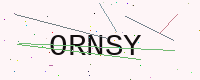
Text: ORNSY